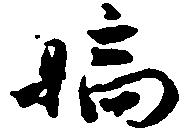
嫡